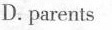
D. parents